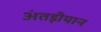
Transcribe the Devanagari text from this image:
अंतड़ीयान